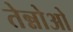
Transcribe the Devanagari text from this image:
तेन्नोओ